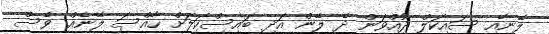
ލޭނާއި ސައިކަލް ދުއްވަން ދެ ލޭން އަދި ބައިސްކަލަށް ހާއްސަ ލޭނެއް ވެސް